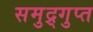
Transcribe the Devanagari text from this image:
समुद्र्गुप्त